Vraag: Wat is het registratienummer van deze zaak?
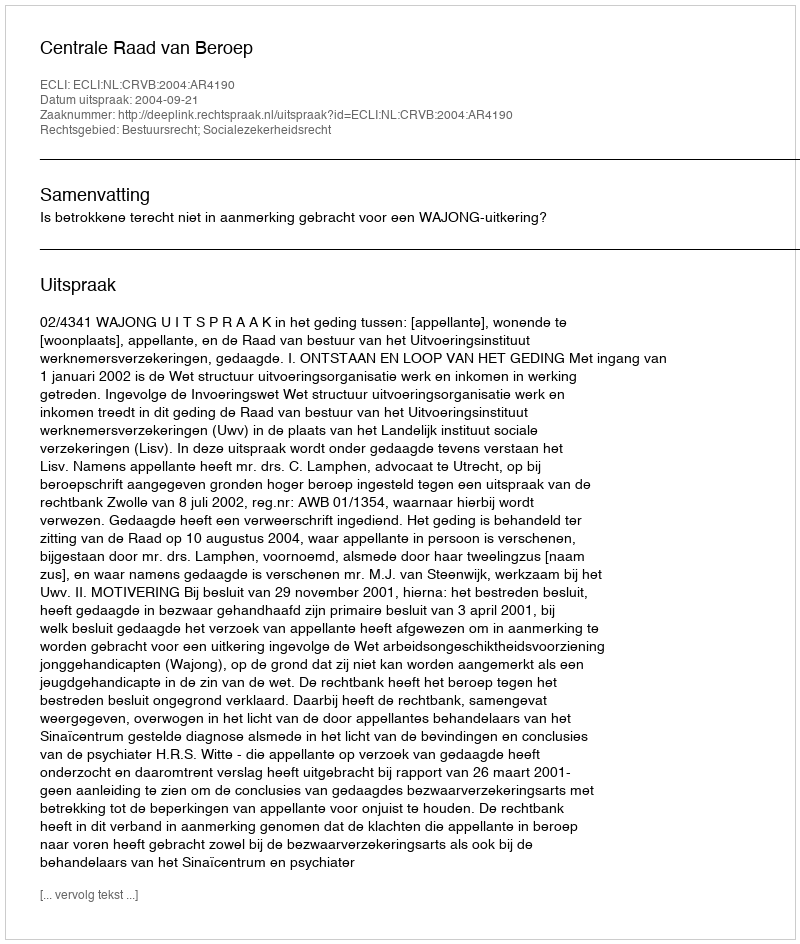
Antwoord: http://deeplink.rechtspraak.nl/uitspraak?id=ECLI:NL:CRVB:2004:AR4190